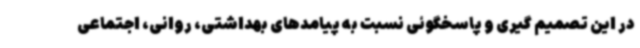
در این تصمیم گیری و پاسخگوئی نسبت به پیامدهای بهداشتی، روانی، اجتماعی